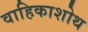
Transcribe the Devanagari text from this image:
वाहिकाशोथ